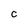
Character: C